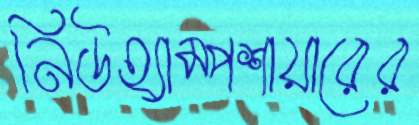
নিউহ্যাম্পশায়ারের